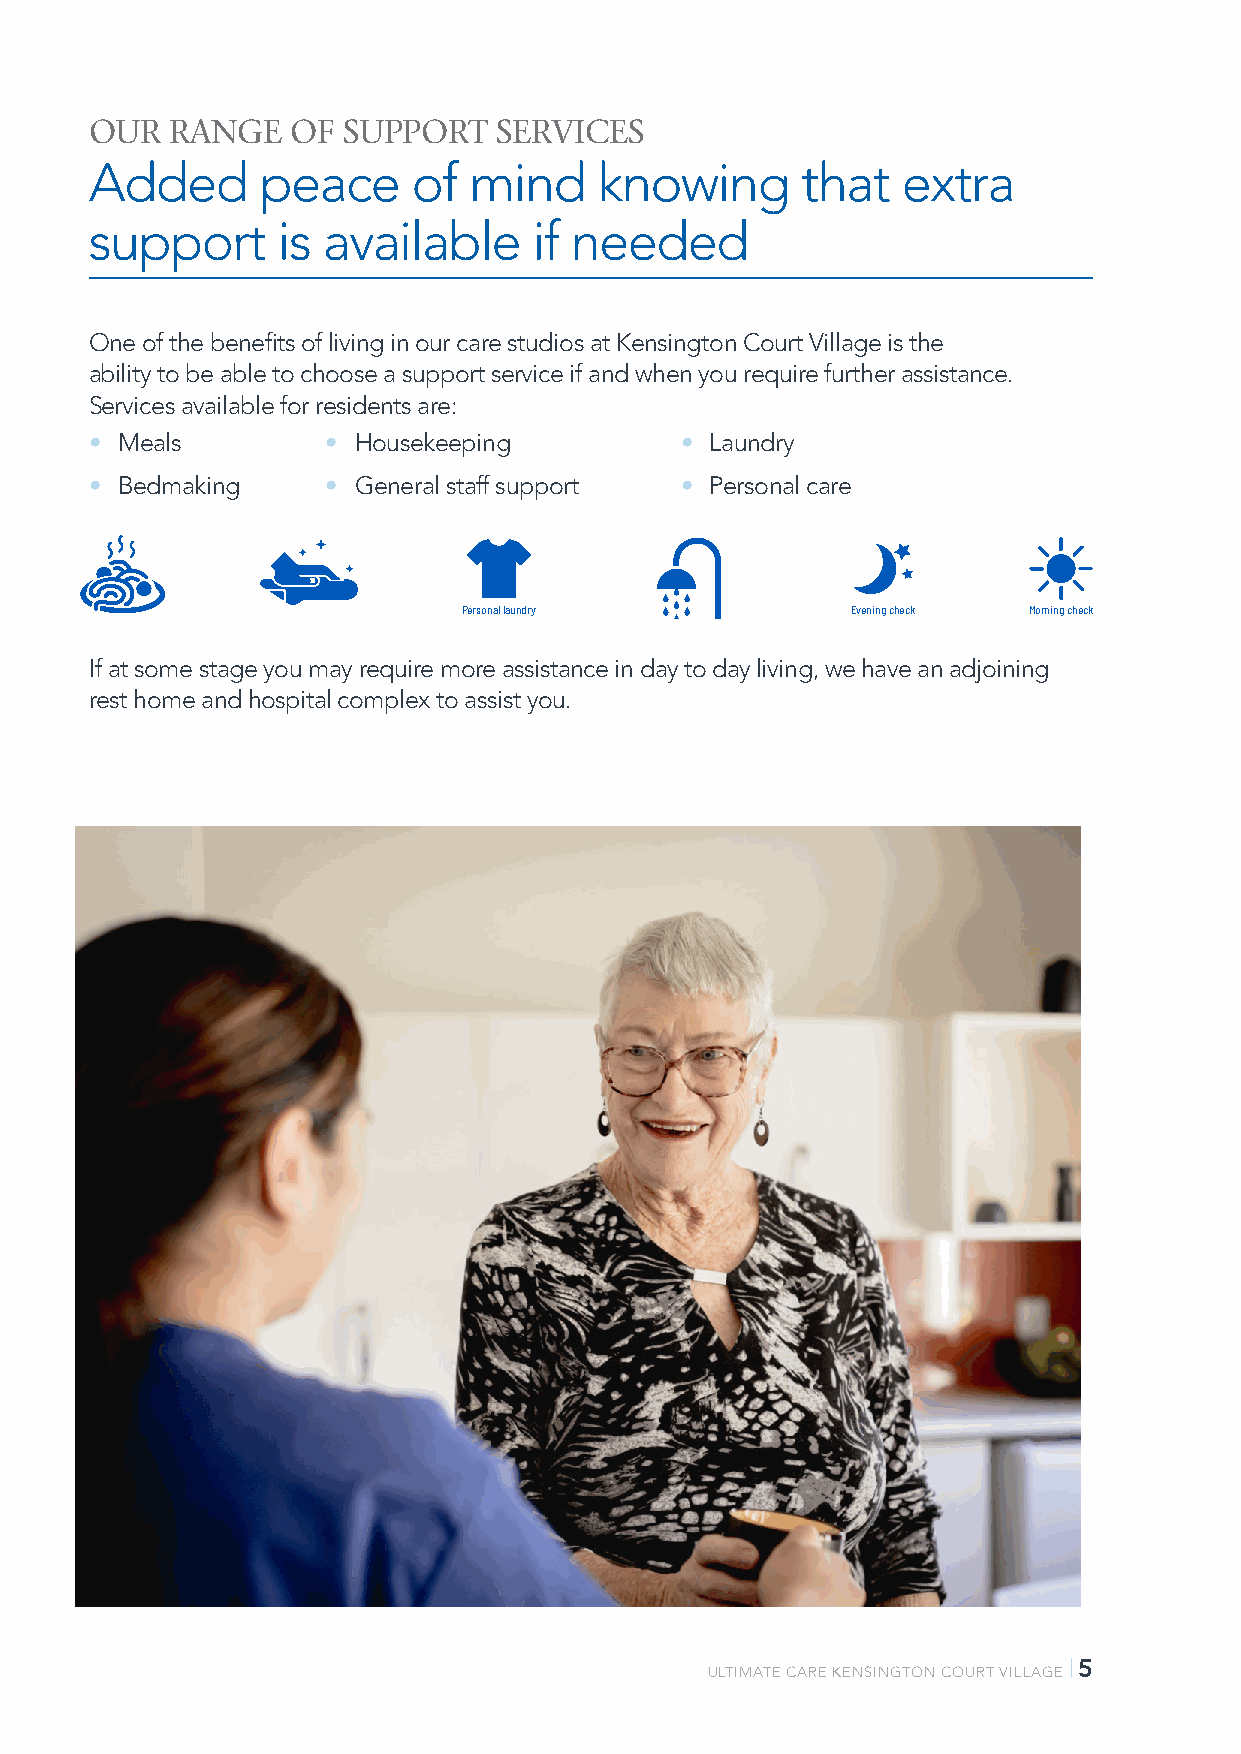
OUR  RANGE   OF  SUPPORT   SERVICES
 Added      peace     of  mind     knowing      that   extra
 support     is available     if needed
 One of the benefits of living in our care studios at Kensington Court Village is the
 ability to be able to choose a support service if and when you require further assistance.
 Services available for residents are:
 • Meals         • Housekeeping         • Laundry
 • Bedmaking     • General staff support • Personal care
 Personal laundry         Evening check Morning check
 Cleaning
 Meals
 Assistance
 If at some stage you may require more assistance in day to day living, we have an adjoining
 rest home and hospital complex to assist you.
 |5
 ULTIMATE CARE KENSINGTON COURT VILLAGE